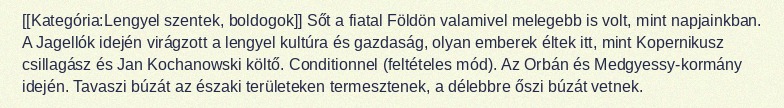
[[Kategória:Lengyel szentek, boldogok]] Sőt a fiatal Földön valamivel melegebb is volt, mint napjainkban. A Jagellók idején virágzott a lengyel kultúra és gazdaság, olyan emberek éltek itt, mint Kopernikusz csillagász és Jan Kochanowski költő. Conditionnel (feltételes mód). Az Orbán és Medgyessy-kormány idején. Tavaszi búzát az északi területeken termesztenek, a délebbre őszi búzát vetnek.